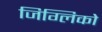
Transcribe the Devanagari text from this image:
जिग्लिको